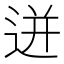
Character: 迸